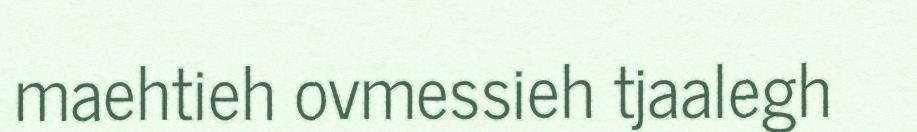
maehtieh ovmessieh tjaalegh